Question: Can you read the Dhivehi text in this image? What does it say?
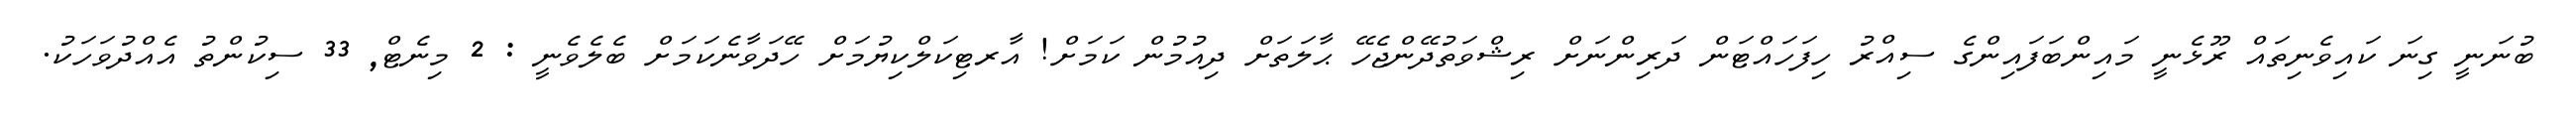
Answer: ބުނަނީ ގިނަ ކައިވެނިތައް ރޫޅެނީ މައިންބަފައިންގެ ސިއްރު ހިފަހައްޓަން ދަރިންނަށް ރިޝްވަތުދޭންޖެހޭ ޙާލަތަށް ދިއުމުން ކަމަށް! އާރޓިކަލްކިޔުމަށް ހޭދަވާނެކަމަށް ބެލެވެނީ : 2 މިނެޓް, 33 ސިކުންތު އެއްދުވަހަކު.